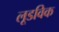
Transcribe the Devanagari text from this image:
लूडविक